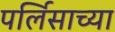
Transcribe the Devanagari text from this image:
पर्लिसाच्या